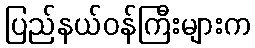
ပြည်နယ်ဝန်ကြီးများက